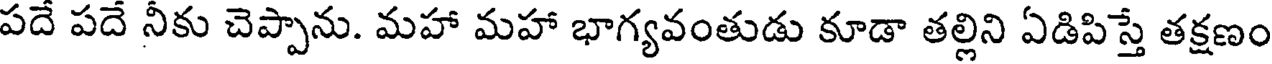
పదే పదే నీకు చెప్పాను. మహా మహా భాగ్యవంతుడు కూడా తల్లిని ఏడిపిస్తే తక్షణం